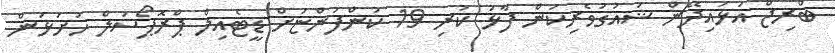
ބްރިޖް އަޅައިދޭން ޝައުގުވެރިކަން ފާޅު ކުރި 19 ކުންފުންޏަށް ޑީޓެއިލް ޕްރޮޕޯސަލް ހުށަޅަން